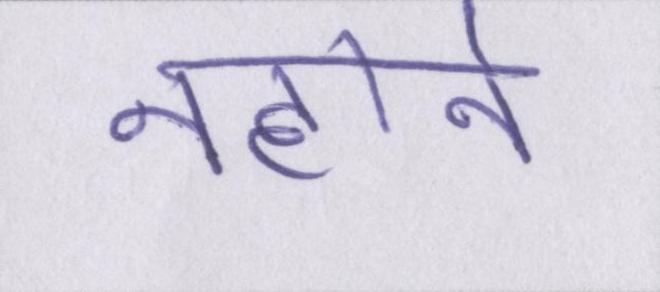
नहाने